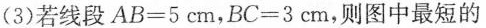
(3)若线段$$AB=5 cm$$，$$BC=3 cm$$，则图中最短的